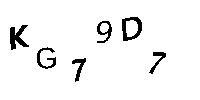
KG79D7